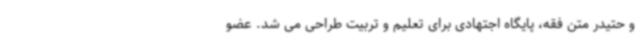
و حتیدر متن فقه، پایگاه اجتهادی برای تعلیم و تربیت طراحی می شد. عضو